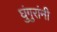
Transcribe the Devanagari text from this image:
घुंगुरांनी